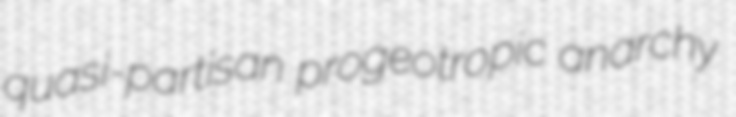
quasi-partisan progeotropic anarchy